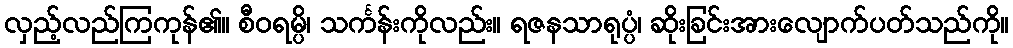
လှည့်လည်ကြကုန်၏။ စီဝရမ္ပိ၊ သင်္ကန်းကိုလည်း။ ရဇနသာရုပ္ပံ၊ ဆိုးခြင်းအားလျောက်ပတ်သည်ကို။